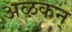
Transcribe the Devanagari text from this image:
अऴकन्